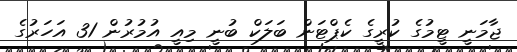
ޖާމަނީ ޓީމުގެ ކުރީގެ ކެޕްޓަން ބަލަކް ބުނީ މިއީ އުމުރުން 31 އަހަރުގެ